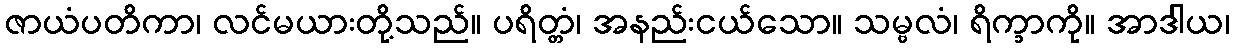
ဇာယံပတိကာ၊ လင်မယားတို့သည်။ ပရိတ္တံ၊ အနည်းငယ်သော။ သမ္ဗလံ၊ ရိက္ခာကို။ အာဒါယ၊